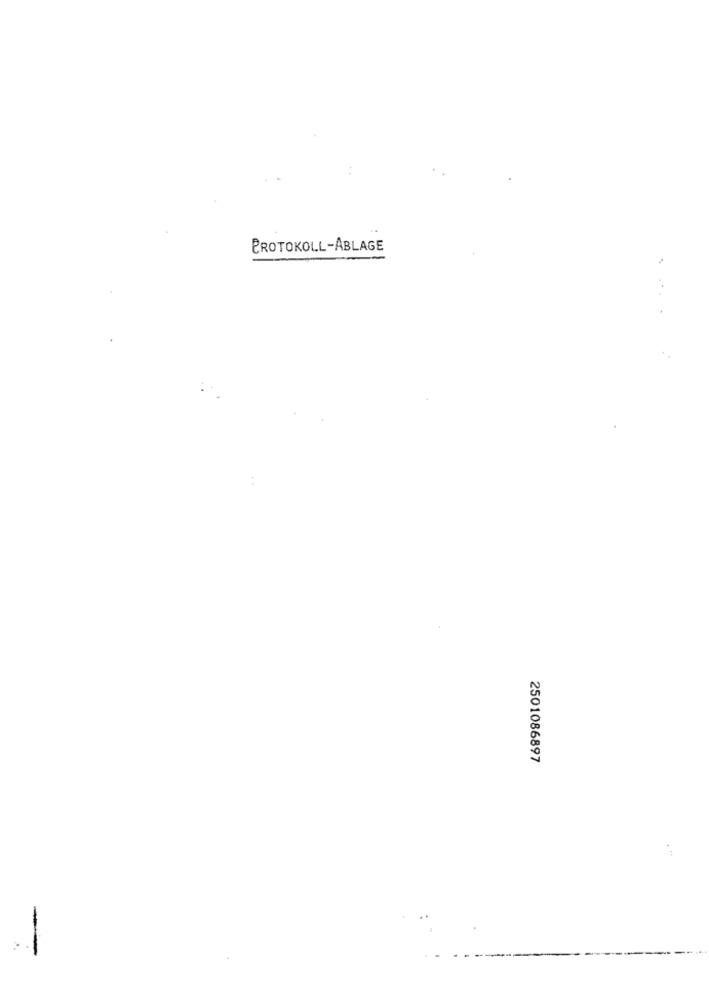
PROTOKOLL-ABLAGE
....
2501086897
-